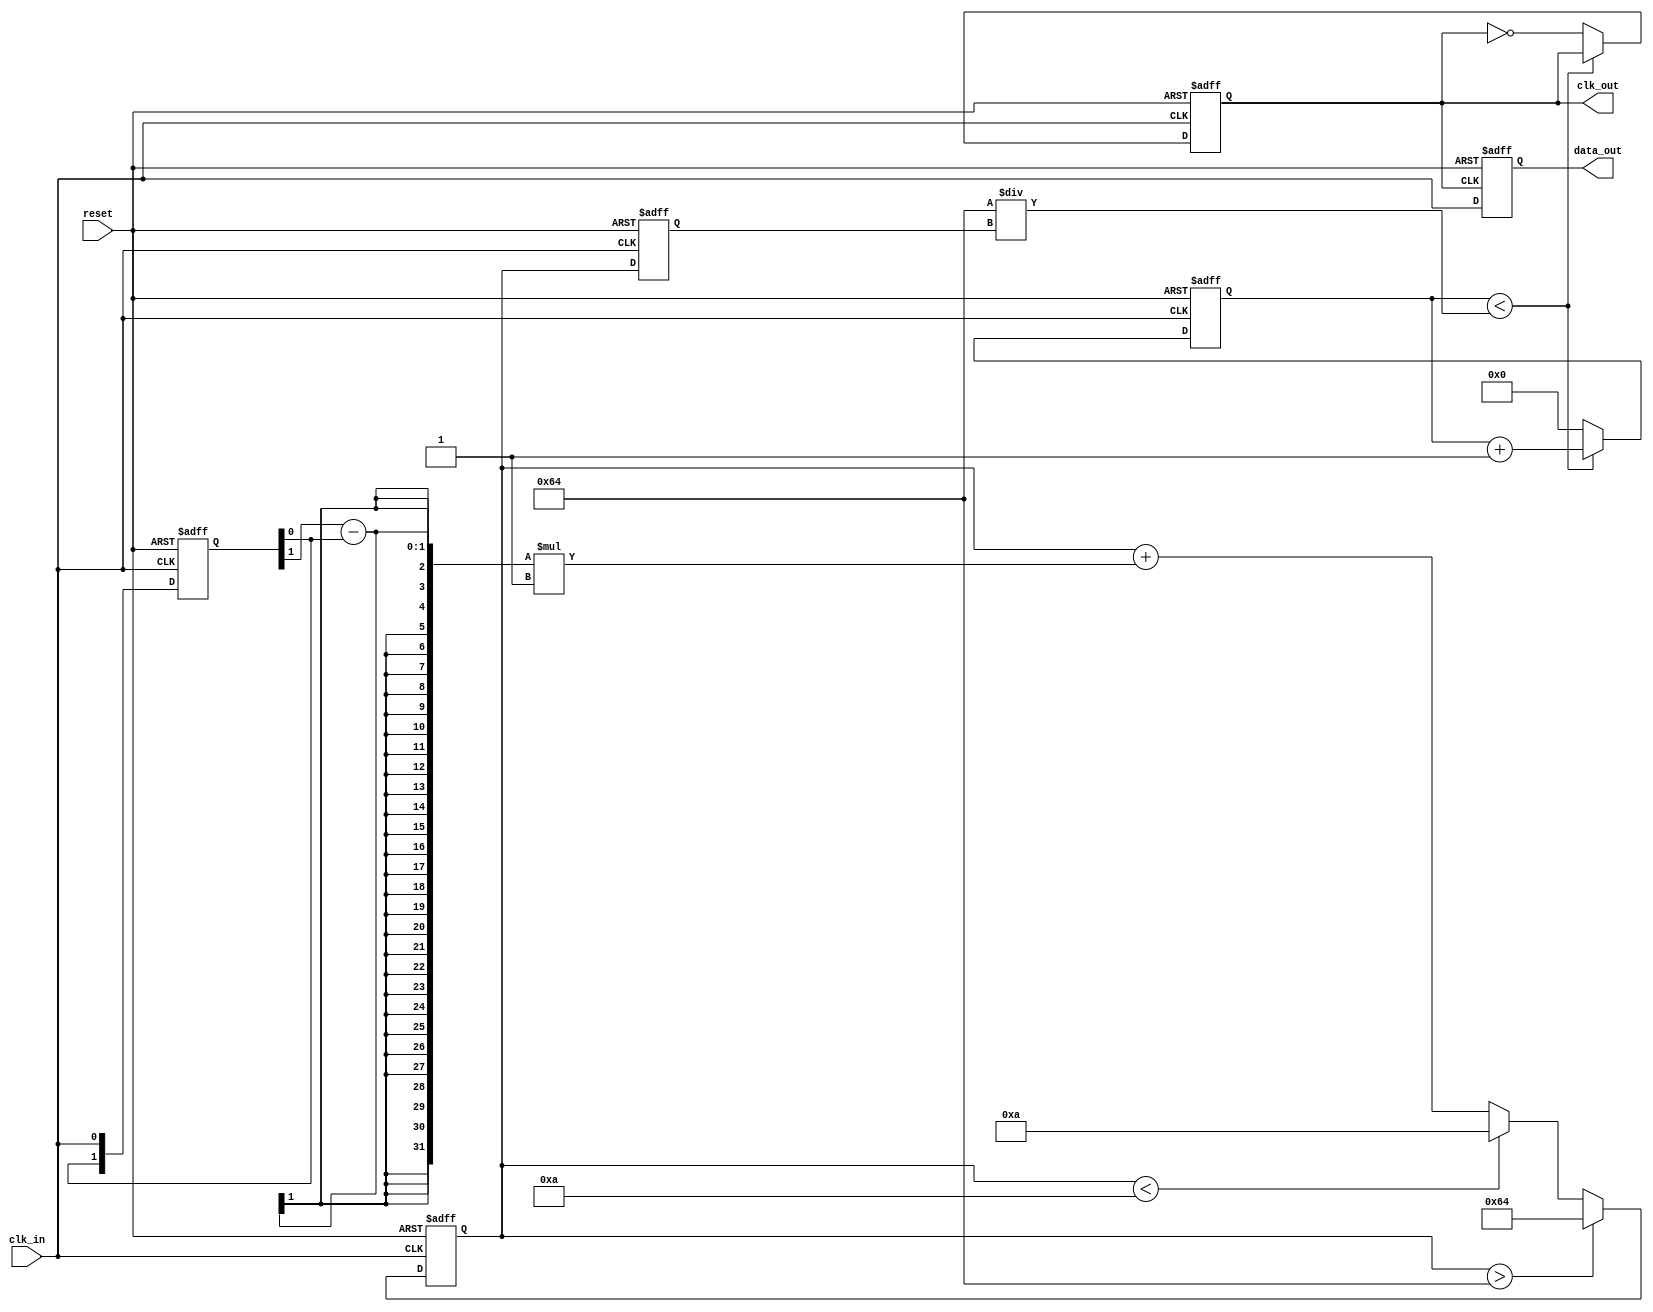
module pll_synchronizer (
    input wire clk_in,          // Incoming data signal
    input wire reset,           // Reset signal
    output reg clk_out,         // Synchronized output clock
    output reg data_out         // Synchronized output data
);

    // Parameters
    parameter integer VCO_MAX_FREQ = 100; // Max frequency for VCO
    parameter integer VCO_MIN_FREQ = 10;   // Min frequency for VCO
    parameter integer PHASE_MARGIN = 10;    // Phase margin for stability
    parameter integer LOOP_FILTER_GAIN = 1; // Loop filter gain

    // Internal signals
    reg [1:0] phase_detector; // Phase detector output
    reg [7:0] loop_filter;    // Loop filter output (error signal)
    reg [7:0] vco;            // VCO output frequency
    reg [3:0] count;          // Counter for clock division

    // Phase Detector
    always @(posedge clk_in or posedge reset) begin
        if (reset) begin
            phase_detector <= 2'b00;
        end else begin
            // Simple phase detection logic (D flip-flop style)
            phase_detector <= {phase_detector[0], clk_in};
        end
    end

    // Loop Filter
    always @(posedge clk_in or posedge reset) begin
        if (reset) begin
            loop_filter <= 8'b0;
        end else begin
            // Simple first-order loop filter
            loop_filter <= loop_filter + (phase_detector[1] - phase_detector[0]) * LOOP_FILTER_GAIN;
            // Saturate the loop filter output
            if (loop_filter > VCO_MAX_FREQ) begin
                loop_filter <= VCO_MAX_FREQ;
            end else if (loop_filter < VCO_MIN_FREQ) begin
                loop_filter <= VCO_MIN_FREQ;
            end
        end
    end

    // Voltage-Controlled Oscillator (VCO)
    always @(posedge clk_in or posedge reset) begin
        if (reset) begin
            vco <= 8'b0;
        end else begin
            // Adjust VCO frequency based on loop filter output
            vco <= loop_filter;
        end
    end

    // Output Clock Generation
    always @(posedge clk_in or posedge reset) begin
        if (reset) begin
            clk_out <= 1'b0;
            count <= 4'b0;
        end else begin
            // Clock division based on VCO output
            if (count < (VCO_MAX_FREQ / vco)) begin
                count <= count + 1;
            end else begin
                clk_out <= ~clk_out;  // Toggle output clock
                count <= 4'b0;
            end
        end
    end

    // Data Synchronization
    always @(posedge clk_out or posedge reset) begin
        if (reset) begin
            data_out <= 1'b0;
        end else begin
            // Sample the incoming data on the synchronized clock
            data_out <= clk_in; // Synchronize data
        end
    end

endmodule